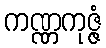
ကဏ္ဏကုဇ္ဇံ